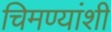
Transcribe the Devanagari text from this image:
चिमण्यांशी